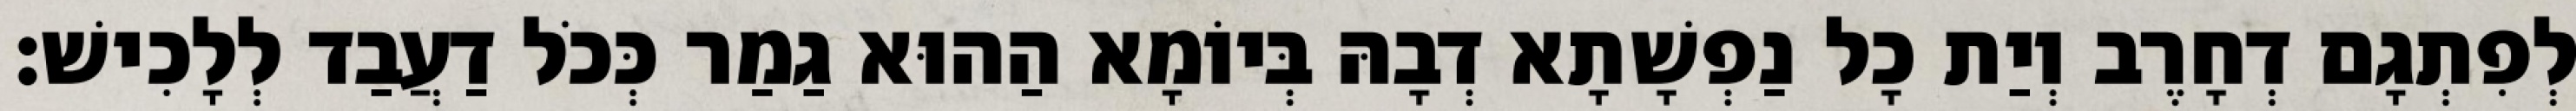
לְפִתְגָם דְחָרֶב וְיַת כָל נַפְשָׁתָא דְבָהּ בְּיוֹמָא הַהוּא גַמַר כְּכֹל דַעֲבַד לְלָכִישׁ׃